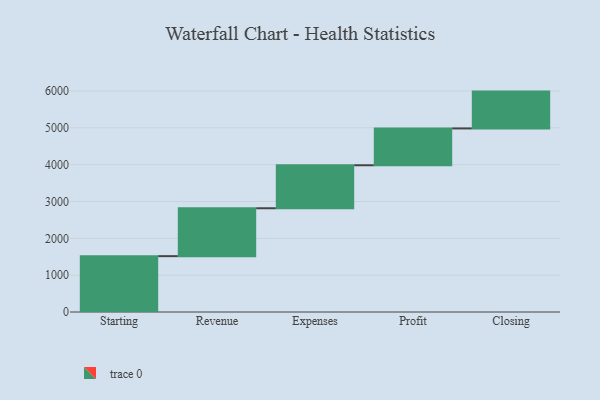
{"axis": {"x": "Step", "y": "Value"}, "legend": [""], "data": [{"x": "Starting", "y": 1516.0, "type": ""}, {"x": "Revenue", "y": 1301.0, "type": ""}, {"x": "Expenses", "y": 1167.0, "type": ""}, {"x": "Profit", "y": 1000, "type": ""}, {"x": "Closing", "y": 1000, "type": ""}]}